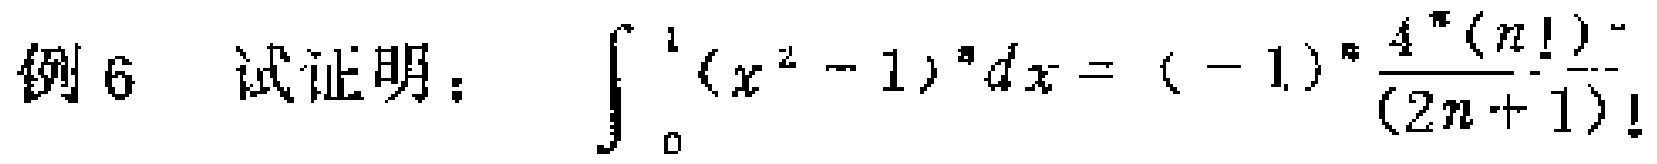
例6 试证明：\(\int_{0}^{1}(x^{2}-1)^{n}dx = (-1)^{n}\frac{4^{n}(n!)^{2}}{(2n + 1)!}\)